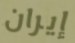
إيران